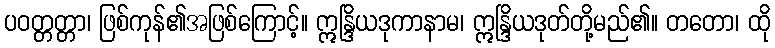
ပဝတ္တတ္တာ၊ ဖြစ်ကုန်၏အဖြစ်ကြောင့်။ ဣန္ဒြိယဒုကာနာမ၊ ဣန္ဒြိယဒုတ်တို့မည်၏။ တတော၊ ထို